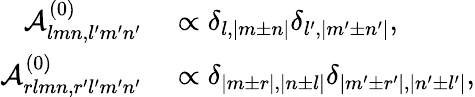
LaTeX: \begin{array}{rl}{\mathcal{A}_{lmn,l^{\prime}m^{\prime}n^{\prime}}^{(0)}}&{{}\propto\delta_{l,|m\pm n|}\delta_{l^{\prime},|m^{\prime}\pm n^{\prime}|},}\\ {\mathcal{A}_{rlmn,r^{\prime}l^{\prime}m^{\prime}n^{\prime}}^{(0)}}&{{}\propto\delta_{|m\pm r|,|n\pm l|}\delta_{|m^{\prime}\pm r^{\prime}|,|n^{\prime}\pm l^{\prime}|},}\end{array}